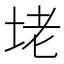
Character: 𡋎